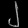
Digit: ၂